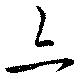
亦